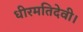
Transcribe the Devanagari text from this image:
धीरमतिदेवी।